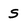
Character: S